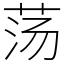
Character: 荡